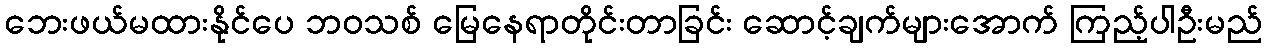
ဘေးဖယ်မထားနိုင်ပေ ဘဝသစ် မြေနေရာတိုင်းတာခြင်း ဆောင့်ချက်များအောက် ကြည့်ပါဦးမည်